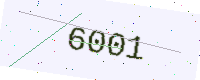
Text: 6001